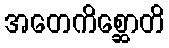
အတေကိစ္ဆောတိ